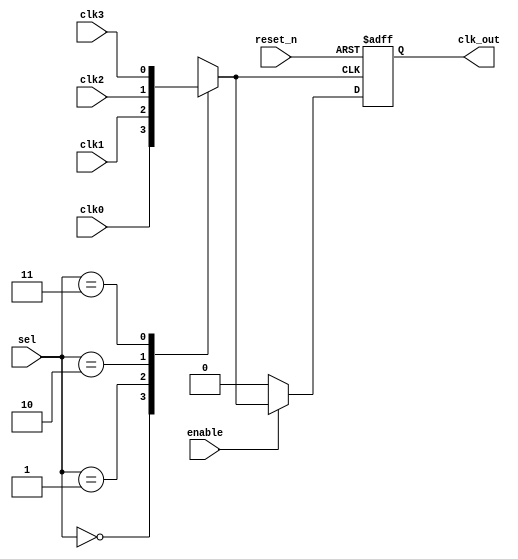
module clock_multiplexer_buffer (
    input wire clk0,          // Clock input 0
    input wire clk1,          // Clock input 1
    input wire clk2,          // Clock input 2
    input wire clk3,          // Clock input 3
    input wire [1:0] sel,     // Clock selection input (2-bit for 4 clocks)
    input wire enable,        // Enable signal for the output clock
    input wire reset_n,       // Asynchronous active-low reset
    output reg clk_out        // Buffered clock output
);

// Internal signal for the selected clock
reg selected_clock;

// Clock selection logic
always @(*) begin
    case (sel)
        2'b00: selected_clock = clk0;
        2'b01: selected_clock = clk1;
        2'b10: selected_clock = clk2;
        2'b11: selected_clock = clk3;
        default: selected_clock = 1'b0; // Default case (should not occur)
    endcase
end

// Asynchronous reset and enable with buffering
always @(posedge selected_clock or negedge reset_n) begin
    if (!reset_n) begin
        clk_out <= 1'b0; // Reset output clock to safe state
    end else if (enable) begin
        clk_out <= selected_clock; // Buffering the selected clock
    end else begin
        clk_out <= 1'b0; // Gated clock output when disabled
    end
end

endmodule